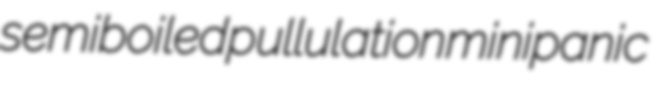
semiboiled pullulation minipanic